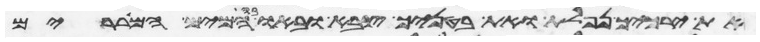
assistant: את ירכיך נפלת ואת בטניך צבא ובאו המים המאררים